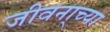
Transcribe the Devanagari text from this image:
जीवना्च्या